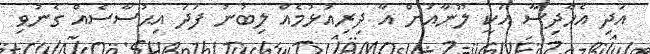
އަދި އެހާދިސާ އަކީ ލޫނާއަށް އާ ދިރިއުޅުމެއް ލިބުނު ފަދަ އިޙުސާސެއް ގެނުވި